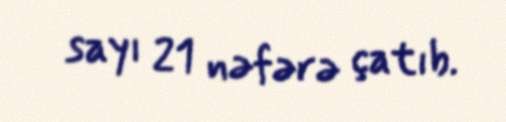
sayı 21 nəfərə çatıb.